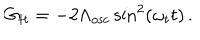
G _ { t t } = - 2 \Lambda _ { \mathrm { o s c } } \sin ^ { 2 } ( \omega _ { t } t ) \, .